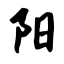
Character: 阳